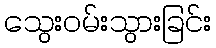
သွေးဝမ်းသွားခြင်း